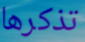
تذكرها